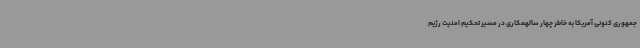
جمهوری کنونی آمریکا به خاطر چهار سالهمکاری در مسیر تحکیم امنیت رژیم